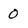
Character: 0